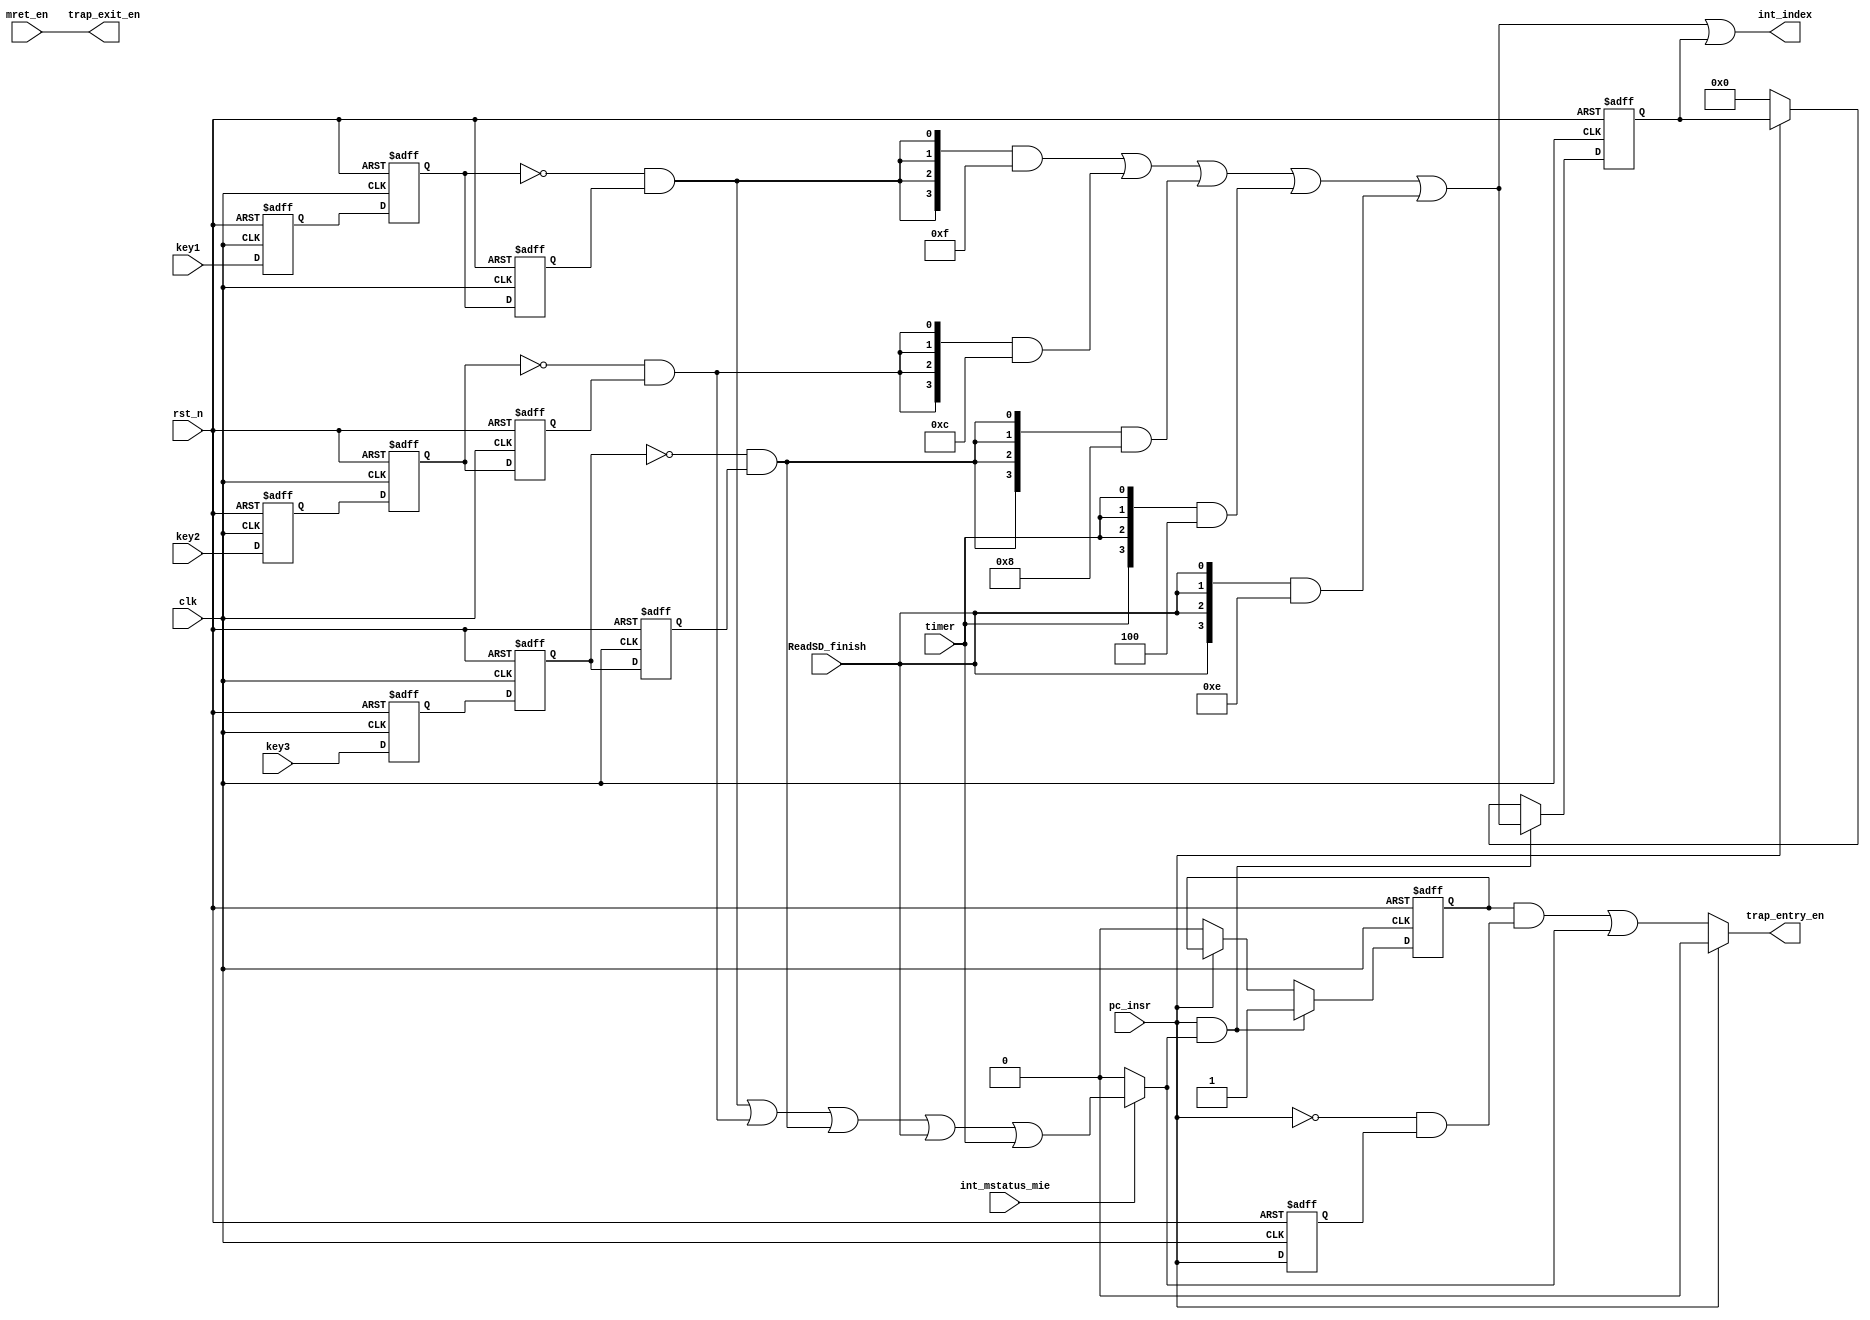
module interrupt_ctrl(
    clk,
    rst_n,

    key1,
    key2,
    key3,
    ReadSD_finish,

    int_index,
    int_mstatus_mie,
    mret_en,
    trap_entry_en,
    trap_exit_en,

    pc_insr,

    timer
);
input           clk;
input           rst_n;

input           key1;
input           key2;
input           key3;
input           ReadSD_finish;

input           int_mstatus_mie;
input           mret_en;
output [3:0]    int_index;
output          trap_entry_en;
output          trap_exit_en;

input           pc_insr; 

input           timer;

wire            trap_normal;
wire            trap_bxx;
wire   [3:0]    int_index_normal;
reg             trap_bxx_r, pc_insr_r;
reg    [3:0]    int_index_r;

reg             key1_r, key2_r, key3_r;
reg             key1_r2, key2_r2, key3_r2;
reg             key1_r3, key2_r3, key3_r3;
always @(posedge clk or negedge rst_n) begin
    if(~rst_n) begin
        key1_r  <= 1'b1;
        key2_r  <= 1'b1;
        key3_r  <= 1'b1;
        key1_r2 <= 1'b1;
        key2_r2 <= 1'b1;
        key3_r2 <= 1'b1;
        key1_r3 <= 1'b1;
        key2_r3 <= 1'b1;
        key3_r3 <= 1'b1;

        pc_insr_r <= 1'b0;
    end
    else begin
        key1_r  <= key1;
        key2_r  <= key2;
        key3_r  <= key3;
        key1_r2 <= key1_r;
        key2_r2 <= key2_r;
        key3_r2 <= key3_r;
        key1_r3 <= key1_r2;
        key2_r3 <= key2_r2;
        key3_r3 <= key3_r2;

        pc_insr_r <= pc_insr;
    end
end
wire   int1             = ~key1_r2 & key1_r3;  //test key1 No.15 interrupt
wire   int2             = ~key2_r2 & key2_r3;  //test key2 No.12 interrupt
wire   int3             = ~key3_r2 & key3_r3;  //test key2 No.8 interrupt

assign trap_normal      = int_mstatus_mie ? (int1 | int2 | int3 | ReadSD_finish | timer) : 1'b0;

//trap_bxx : if pc_insr & trap_normal is high, delay trap_normal to the posedge clk of pc_insr
always @(posedge clk or negedge rst_n) begin
    if(~rst_n) trap_bxx_r <= 1'b0;
    else begin
        if(pc_insr & trap_normal)
            trap_bxx_r <= 1'b1;
        else if(pc_insr)
            trap_bxx_r <= trap_bxx_r;
        else
            trap_bxx_r <= 1'b0;
    end
end
assign trap_bxx         = trap_bxx_r & ( (~pc_insr) & pc_insr_r );

always @(posedge clk or negedge rst_n) begin
    if(~rst_n) begin
        int_index_r <= 4'd0;
    end
    else begin
        if(pc_insr & trap_normal) int_index_r <= int_index_normal;
        else if(pc_insr)
            int_index_r <= int_index_r;
        else int_index_r <= 4'd0;
    end
end

assign trap_entry_en    = pc_insr ? 1'b0 : (trap_bxx | trap_normal);
assign trap_exit_en     = mret_en;
//assign int_index        = int1 ? 4'b1111 : int2 ? 4'b1100 : int3 ? 4'b1000 : 4'b0;
assign int_index_normal = ({4{int1}} & 4'b1111) | ({4{int2}} & 4'b1100) 
                        | ({4{int3}} & 4'b1000) | ({4{timer}} & 4'b0100)
                        | ({4{ReadSD_finish}} & 4'b1110);
assign int_index        = int_index_normal | int_index_r;


endmodule